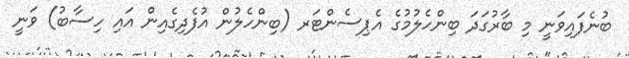
ބުނެފައިވަނީ މި ބާރުގަދަ ބިންހެލުމުގެ އެޕިސެންޓަރ (ބިންހެލުން އުފެދިގެއިން އައި ހިސާބު) ވަނީ